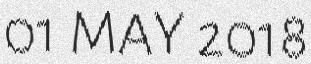
01 MAY 2018